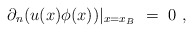
\begin{align*}\partial_n(u(x)\phi(x))|_{x=x_B}\ =\ 0\ ,\end{align*}